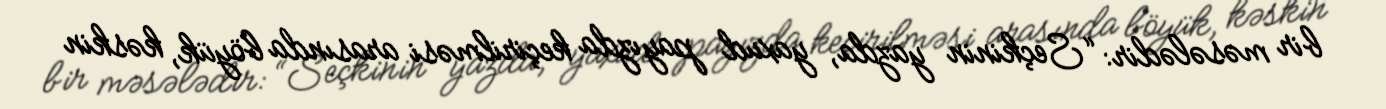
bir məsələdir: “Seçkinin yazda, yaxud payızda keçirilməsi arasında böyük, kəskin